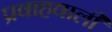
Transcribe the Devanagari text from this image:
प्रवाहवाली